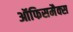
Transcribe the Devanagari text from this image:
ऑफिसमैक्स